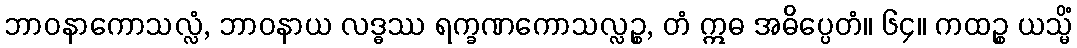
ဘာဝနာကောသလ္လံ, ဘာဝနာယ လဒ္ဓဿ ရက္ခဏကောသလ္လဉ္စ, တံ ဣဓ အဓိပ္ပေတံ။ ၆၄။ ကထဉ္စ ယသ္မိံ